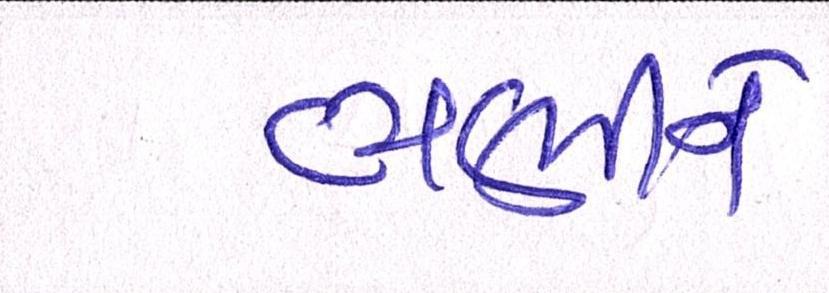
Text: ભણીને